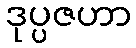
ဒုပ္ပဇဟာ